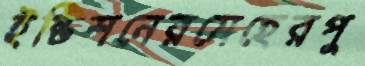
ইষ্টিশনেরমেহেরপু